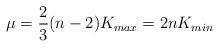
LaTeX: \begin{align*}\mu=\frac{2}{3}(n-2)K_{max}=2nK_{min} \end{align*}